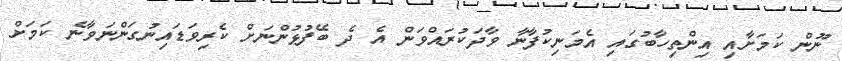
ނޫން ކަމަށާއި އިންތިހާބުގައި އެމަނިކުފާނާ ވާދަކުރައްވަން އެ ދެ ބޭފުޅުންނަށް ކެރިވަޑައިނުގަންނަވާނެ ކަމަށް